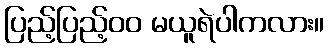
ပြည့်ပြည့်၀၀ မယူရဲပါကလား။